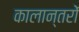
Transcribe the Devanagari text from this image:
कालान्तरों